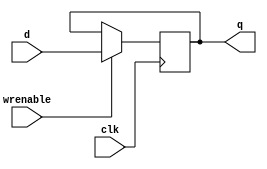
// Single-bit register with enable
//   Positive edge triggered
`timescale 1 ns / 1 ps

//First a register, not made for 8 bits
module register
(
output reg	q,//input
input		d,//output
input		wrenable,//enable line
input		clk
);

    always @(posedge clk) begin //starts at posedge clock
        if(wrenable) begin//check if enables
            q <= d;//if enabled save the bit
        end
    end

endmodule

module register8bit//making the above register able to handle 8 bits
(
  output [7:0] q,//input, this time a bus so 8 bits
  input  [7:0] d,//output, can handle 8 bits, so is a bus
  input  wrenable,//enable line
  input  clk
);

  generate
  genvar i;
  for (i=0; i<8; i=i+1) begin//for loop that runs 8 times, one for each bit, saves bits in designated slot in bus
      register regSuzie (.d(d[i]),.wrenable(wrenable),.clk(clk),.q(q[i]));//call above register module to save each bit at noted index
  end
  endgenerate

endmodule